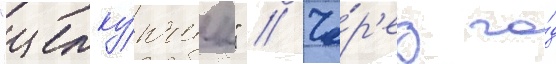
"щелку́нчик" // Че́р'ез го́д